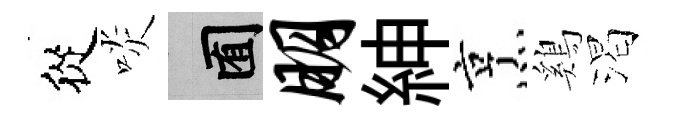
從啖囿朋紳烹鷄渴